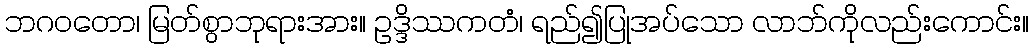
ဘဂဝတော၊ မြတ်စွာဘုရားအား။ ဥဒ္ဒိဿကတံ၊ ရည်၍ပြုအပ်သော လာဘ်ကိုလည်းကောင်း။